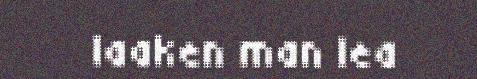
laaken man lea